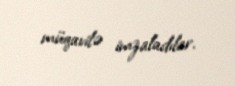
müqavilə imzaladılar.